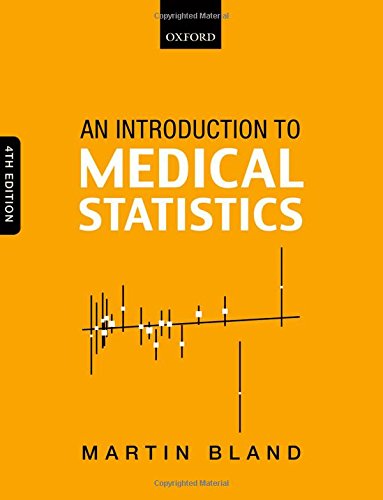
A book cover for An Introduction to Medical Statistics; Martin Bland; Medical Books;